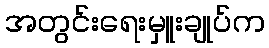
အတွင်းရေးမှူးချုပ်က